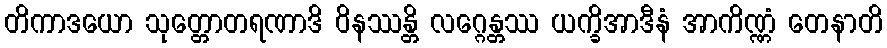
တိကာဒယော သုတ္တောတရဏာဒိ ဝိနဿန္တိ လဂ္ဂေန္တဿ ယက္ခိအာဒီနံ အာကိဏ္ဏံ တေနာတိ